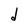
Character: d